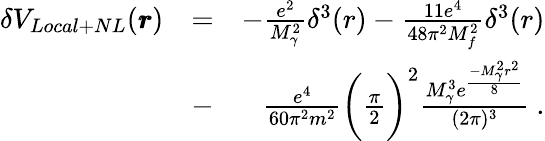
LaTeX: \begin{array}{rlr}{\delta V_{Local+NL}(\pmb{r})}&{=}&{-\frac{e^{2}}{M_{\gamma}^{2}}\delta^{3}(r)-\frac{11e^{4}}{48\pi^{2}M_{f}^{2}}\delta^{3}(r)}\\ &{-}&{\frac{e^{4}}{60\pi^{2}m^{2}}\biggl(\frac{\pi}{2}\biggr)^{2}\frac{M_{\gamma}^{3}e^{\frac{-M_{\gamma}^{2}r^{2}}{8}}}{(2\pi)^{3}}\ .}\end{array}